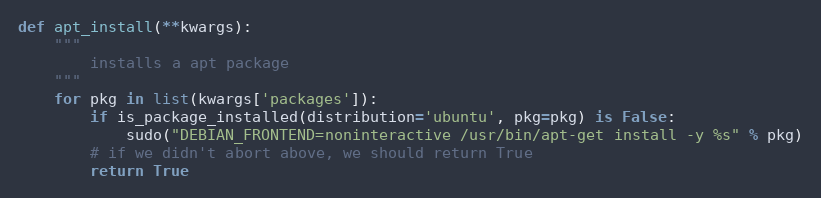
Language: Python
def apt_install(**kwargs):
    """
        installs a apt package
    """
    for pkg in list(kwargs['packages']):
        if is_package_installed(distribution='ubuntu', pkg=pkg) is False:
            sudo("DEBIAN_FRONTEND=noninteractive /usr/bin/apt-get install -y %s" % pkg)
        # if we didn't abort above, we should return True
        return True